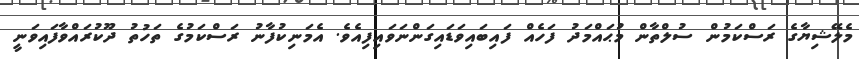
މެލޭޝިޔާގެ ރަސްކަމުން ސުލްތާން މުޙައްމަދު ފަހެއް ފައިބައިވަޑައިގަންނަވައިފިއެވެ. އެމަނިކުފާނު ރަސްކަމުގެ ތަހުތު ދޫކުރައްވާފައިވަނީ